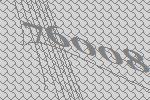
76008